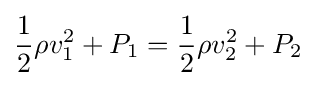
{\frac {1}{2}}\rho v_{1}^{2}+P_{1}={\frac {1}{2}}\rho v_{2}^{2}+P_{2}